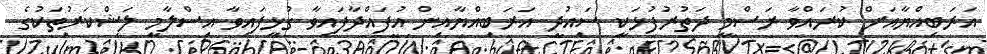
އަރަބިއްޔާއަށް ކުރައްވާ ރަސްމީ ދަތުރުފުޅަކީ ސައުދީ އަރަބިއްޔާއިން އުފައްދާފައިވާ ގުޅިފައިވާ އިސްލާމީ ލަޝްކަރުތަކުގެ